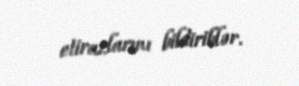
etirazlarını bildiriblər.